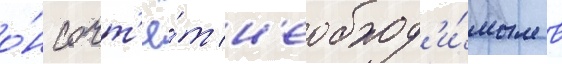
о́н сочт'ё́т н'еобход'и́мым в